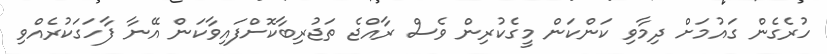
ހުރެގެން ގައުމަށް ދިމާވި ކަންކަން މީގެކުރިން ވެސް ރާއްޖެ ތަޖުރިބާކޮށްފައިވާކަން އޭނާ ފާހަގަކުރެއްވި